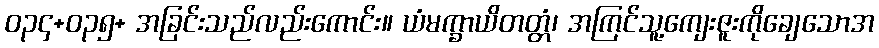
ဝ၃၄+၀၃၅+ အခြင်းသည်လည်းကောင်း။ ယံမက္ခာယိတတ္တံ၊ အကြင်သူ့ကျေးဇူးကိုချေသောအ